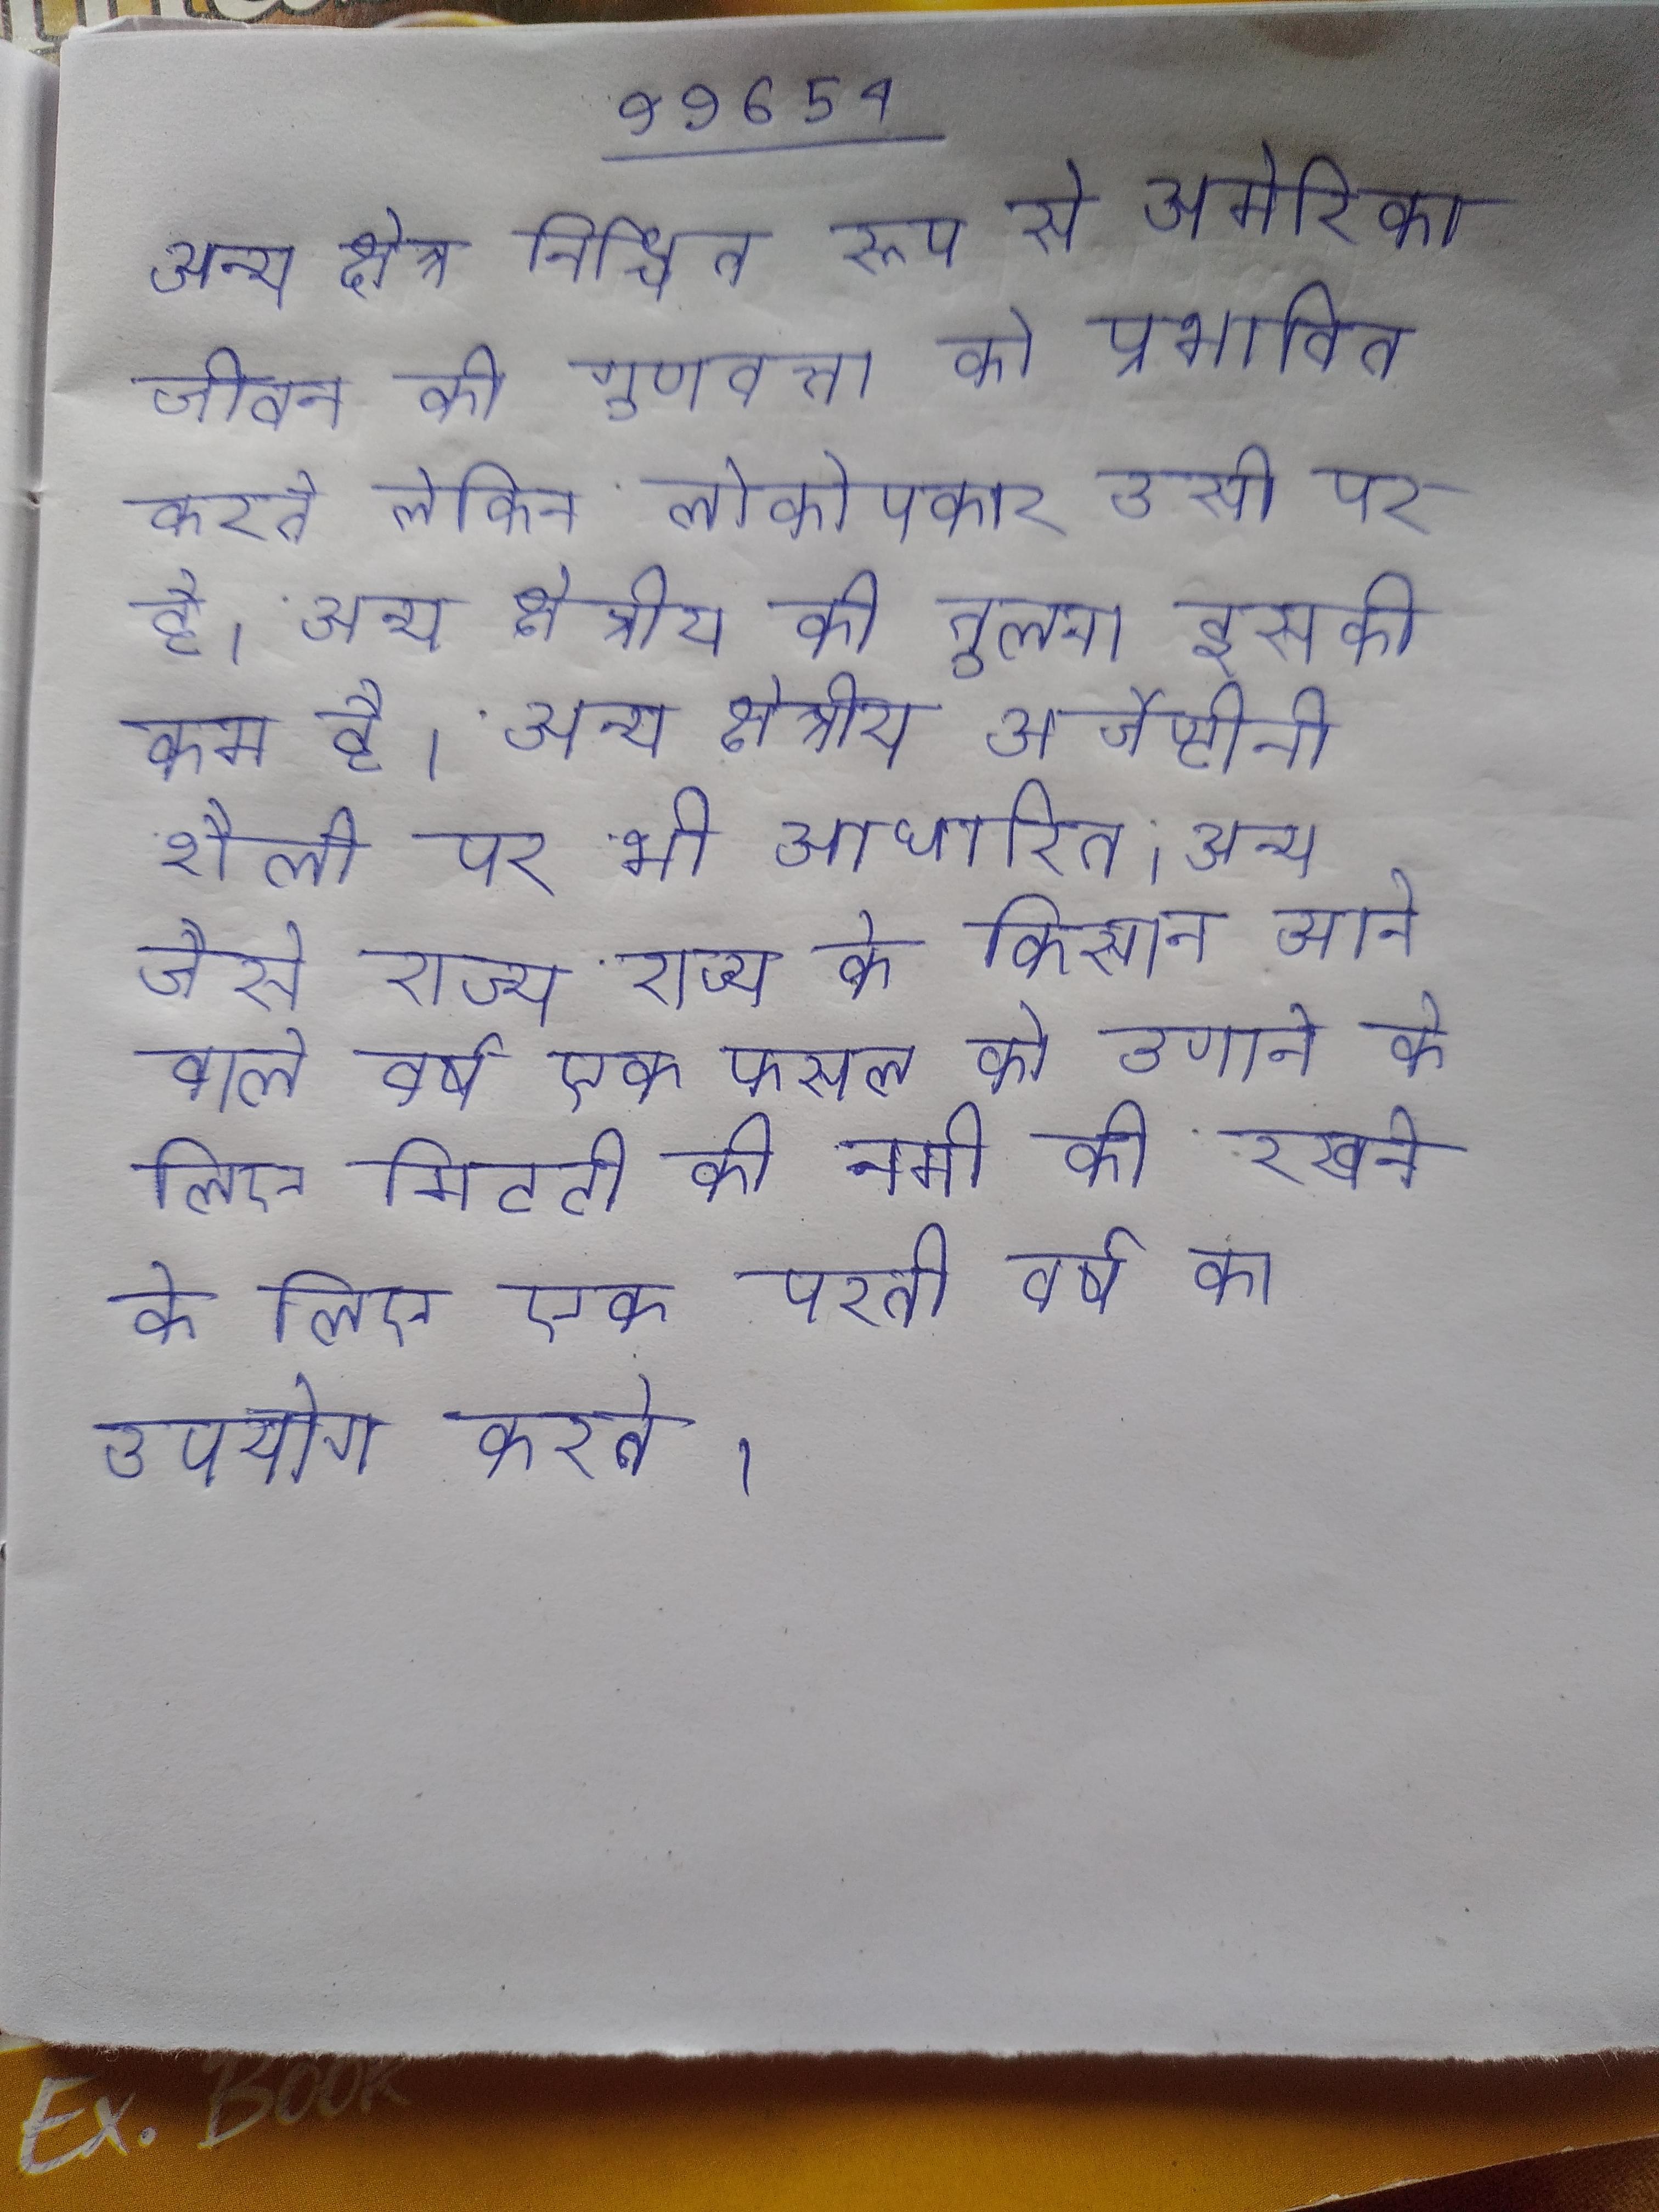
अन्य क्षेत्र निश्चित रूप से अमेरिकी जीवन की गुणवत्ता को प्रभावित करते लेकिन लोकोपकार उसी पर है । अन्य क्षेत्रीय की तुलना इसकी कम है । अन्य क्षेत्रीय अर्जेण्टीनी शैली पर भी आधारित । अन्य जैसे राज्य के किसान आने वाले वर्ष एक फसल को उगाने के लिए मिटटी की नमी को रखने के लिए एक परती वर्ष का उपयोग करते ।